Civil Veterinary Department. United Provinces 1912-22 - 1912-1922
Year: 1912
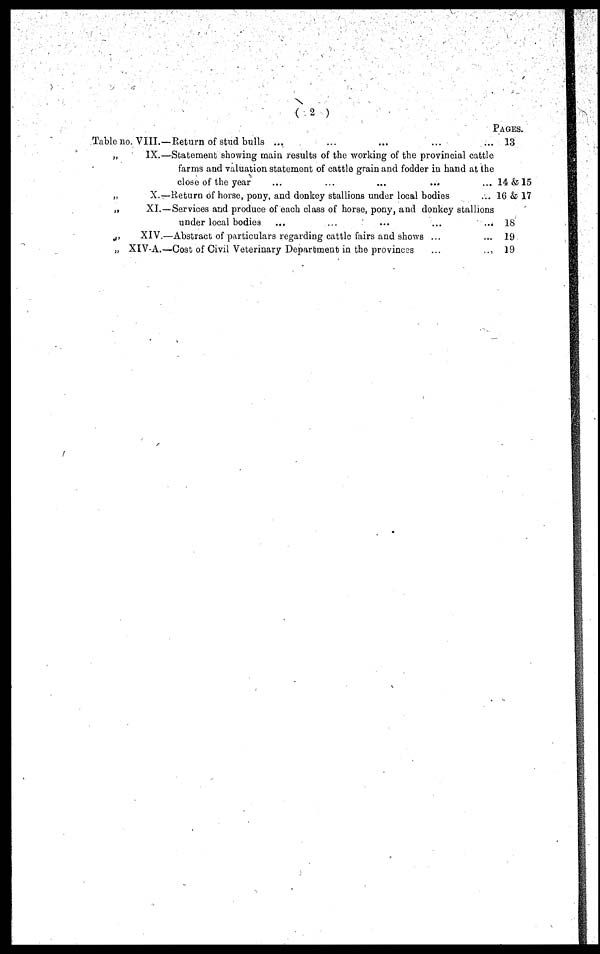
(2)
1
Table no. VIII.—Return of stud bulls ... ... ... ... ...
„
IX.—Statement showing main results of the working of the provincial cattle
farms and valuation statement of cattle grain and fodder in hand at the
close of the year ... ... ... ... ...
„
X.—Return of horse, pony, and donkey stallions under local bodies
„
XI.—Services and produce of each class of horse, pony, and donkey stallions
under local bodies ... ... ... ... ...
„
XIV.—Abstract of particulars regarding cattle fairs and shows ... ...
„ XIV-A.—Cose of Civil Veterinary Department in the provinces ... ...
Pages.
13
14 & 15
16 & 17
18
19
19